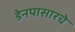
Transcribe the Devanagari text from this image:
डेनपासारचे